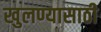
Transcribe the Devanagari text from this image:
खुलण्यासाठी